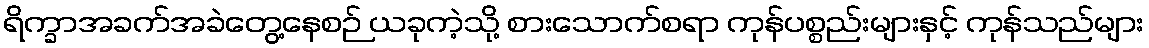
ရိက္ခာအခက်အခဲတွေ့နေစဉ် ယခုကဲ့သို့ စားသောက်စရာ ကုန်ပစ္စည်းများနှင့် ကုန်သည်များ